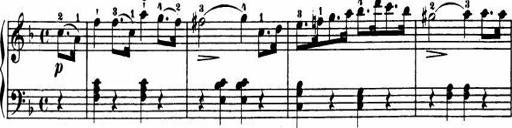
Title: Le bouquetier
Composer: Anton Diabelli
Key: G major
 C major
 F major
 C major